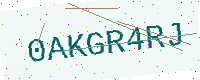
Text: 0AKGR4RJ